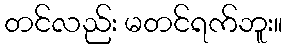
တင်လည်း မတင်ရက်ဘူး။